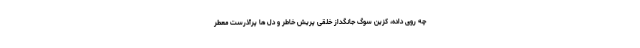
چه روى داده، کزین سوگ جانگداز خلقى پریش خاطر و دل ها پرآذرست معطر